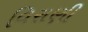
વિરાણી